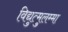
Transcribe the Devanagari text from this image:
विद्युत्मुलम्मा